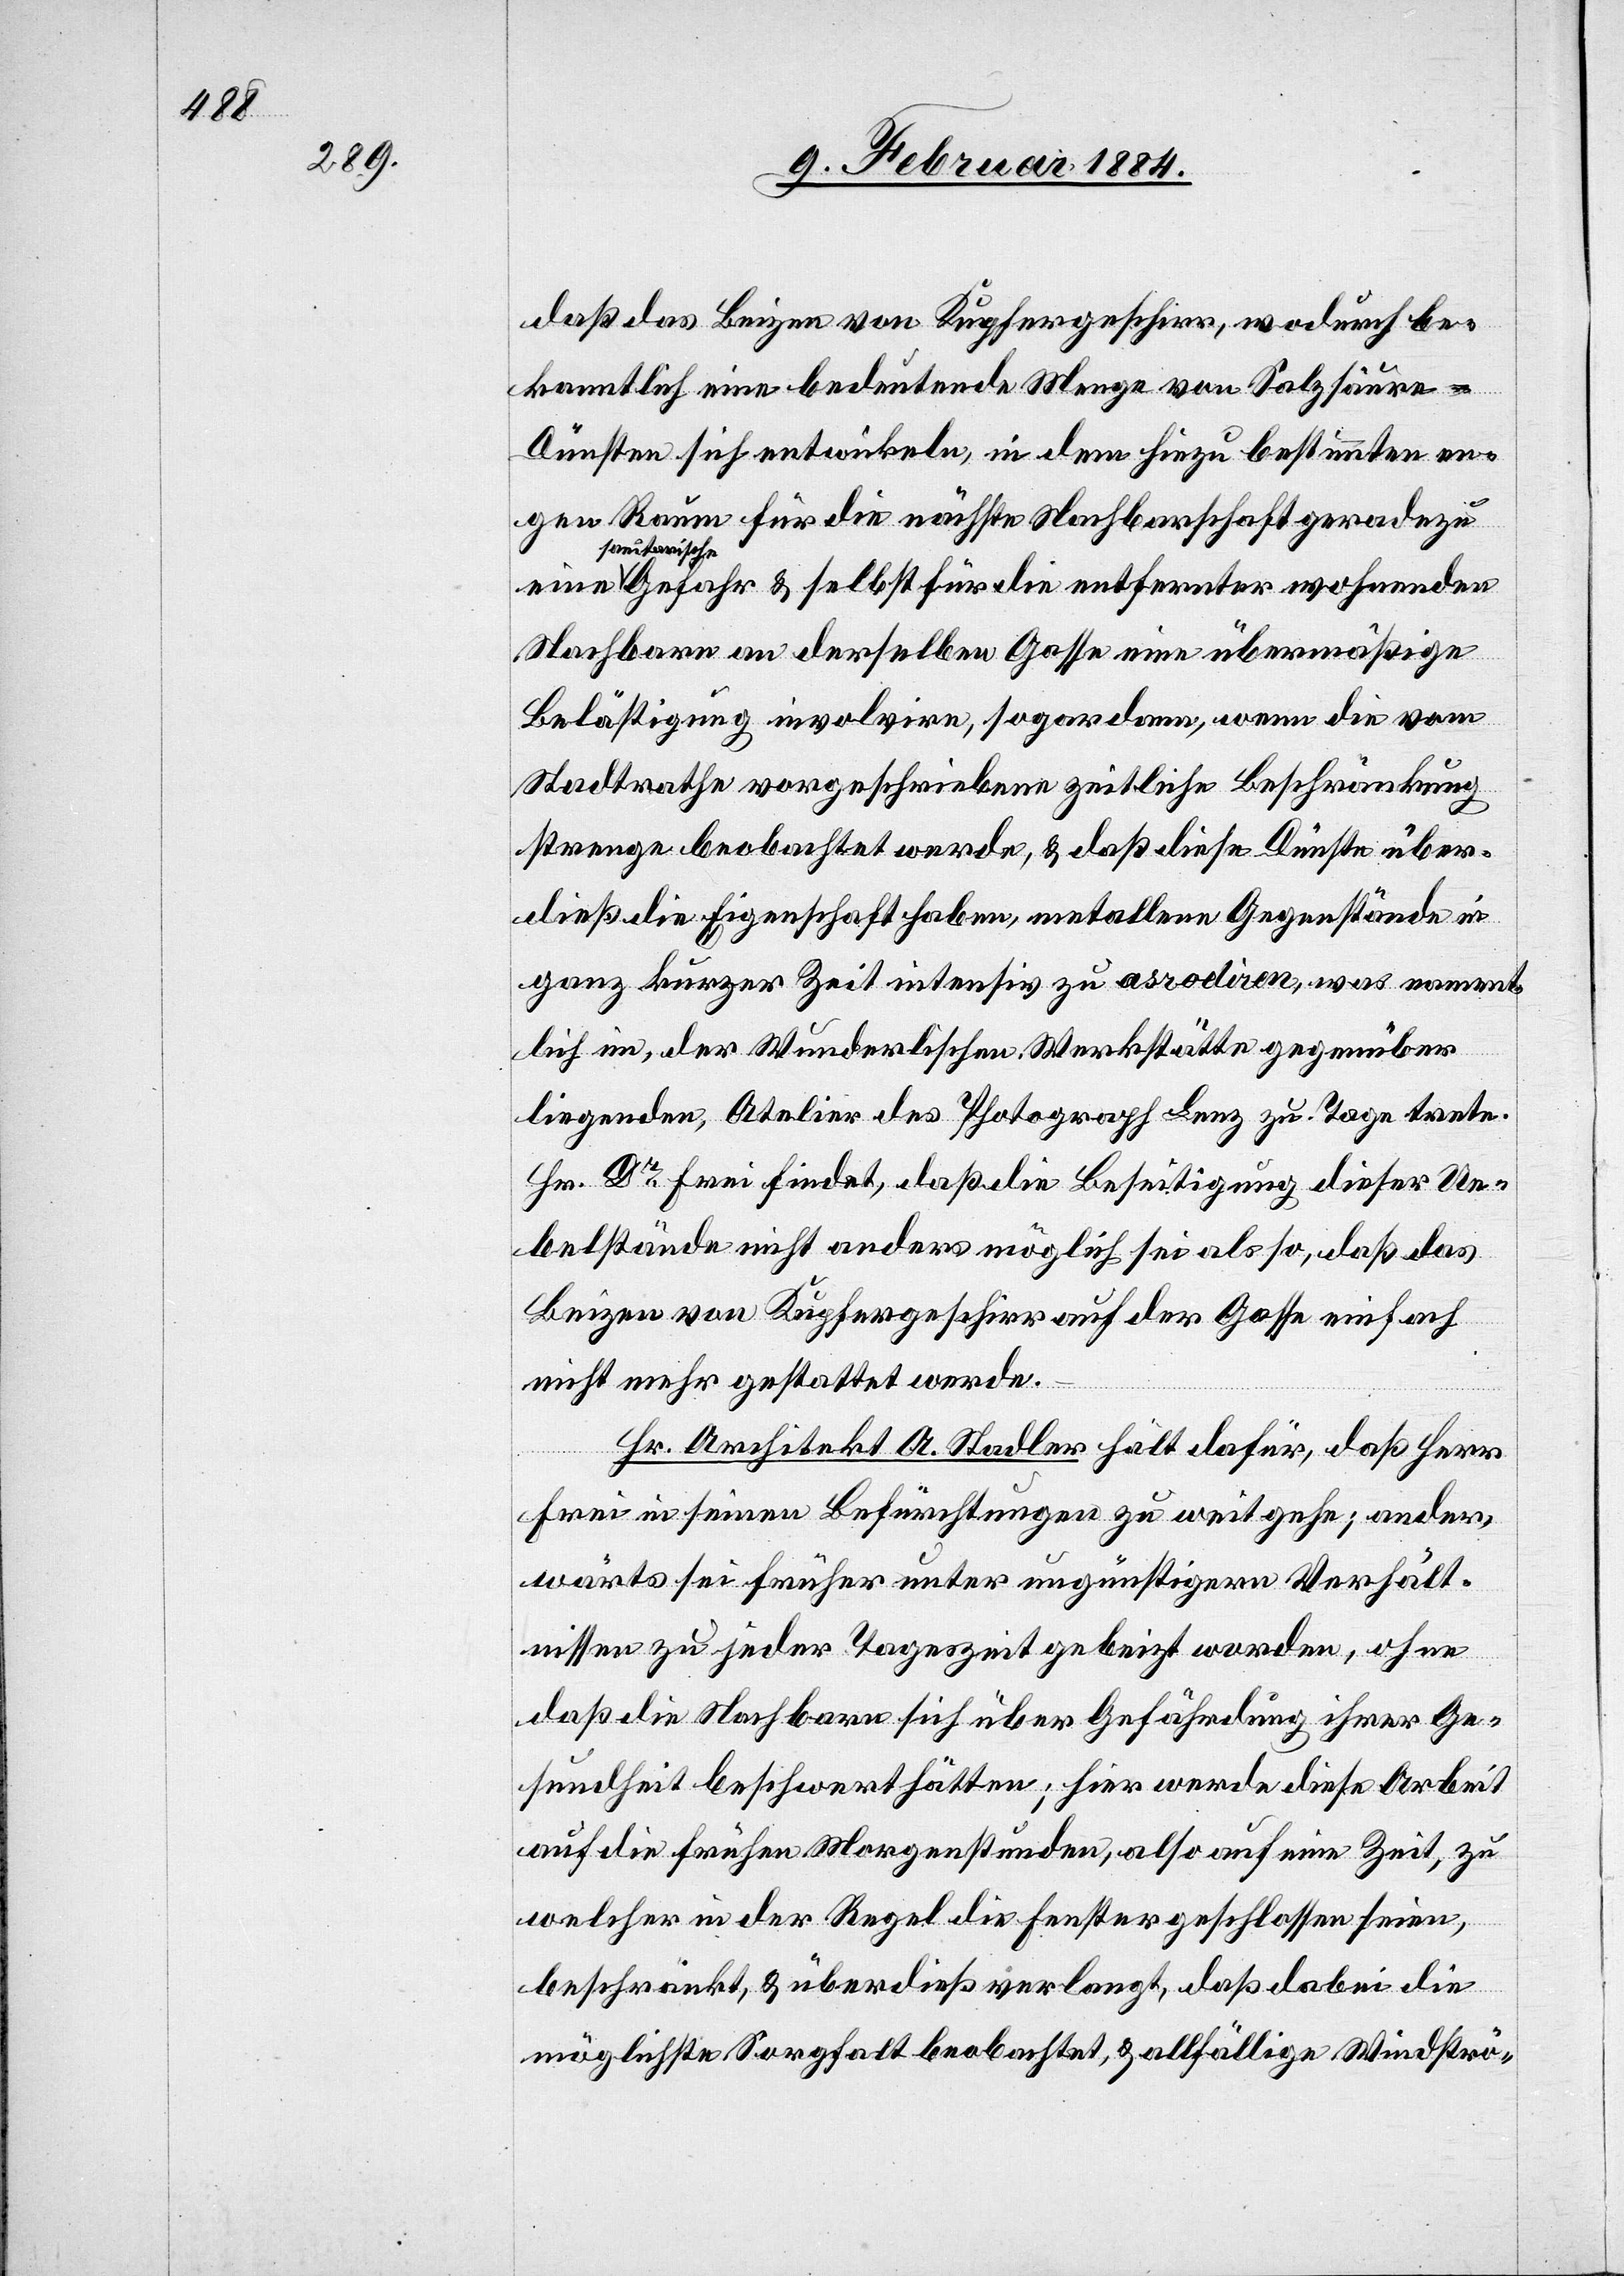
daß das Beizen von Kupfergeschirr, wodurch be¬
kanntlich eine bedeutende Menge von Salzsäure-D¬
ünsten sich entwickeln, in dem hiezu bestimmten en¬
gen Raum für die nächste Nachbarschaft geradezu
sauterisch¬
e Gefahr & selbst für die entfernter wohnenden
Nachbarn an derselben Gasse eine übermäßige
Belästigung involvire, sogar dann, wenn die vom
Stadtrathe vorgeschriebene zeitliche Beschränkung
strenge beobachtet werde, & daß diese Dünste über¬
dieß die Eigenschaft haben, metallene Gegenstände in
ganz kurzer Zeit intensiv zu arrodiren, was nament¬
lich im, der Wunderlischen Werkstätte gegenüber
liegenden, Atelier des Photograph Lenz zu Tage trete.
Hr. Dr Frei [sic!] findet, daß die Beseitigung dieser Ue¬
belstände nicht anders möglich sei als so, daß das
Beizen von Kupfergeschirr auf der Gasse einfach
eine
nicht mehr gestattet werde.
Hr. Architekt A. Stadler hält dafür, daß Herr
Frei in seinen Befürchtungen zu weit gehe; ander¬
wärts sei früher unter ungünstigeren Verhält¬
nissen zu jeder Tageszeit gebeizt worden, ohne
daß die Nachbarn sich über Gefährdung ihrer Ge¬
sundheit beschwert hätten; hier werde diese Arbeit
auf die frühen Morgenstunden, also auf eine Zeit, zu
welcher in der Regel die Fenster geschlossen seien,
beschränkt, & überdieß verlangt, daß dabei die
möglichste Sorgfalt beobachtet, & allfällige Windströ-